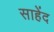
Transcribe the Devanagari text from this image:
साहेंद